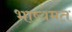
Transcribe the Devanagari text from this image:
भाष्यमत